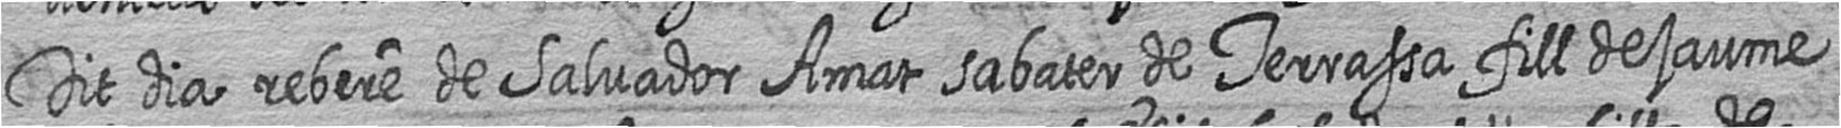
Dit dia rebere de Salvador Amat sabater de Terrassa fill de jaume